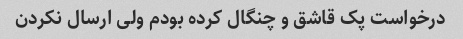
درخواست پک قاشق و چنگال کرده بودم ولی ارسال نکردن